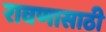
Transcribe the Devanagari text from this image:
रावणासाठी